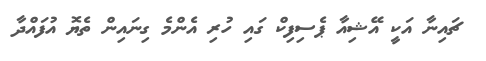
ޗައިނާ އަކީ އޭޝިއާ ޕެސިފިކް ގައި ހުރި އެންމެ ގިނައިން ތެޔޮ އުފައްދާ